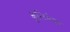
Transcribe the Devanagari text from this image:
कुलिनेयर